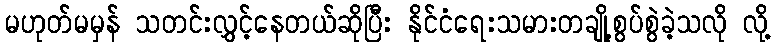
မဟုတ်မမှန် သတင်းလွှင့်နေတယ်ဆိုပြီး နိုင်ငံရေးသမားတချို့စွပ်စွဲခဲ့သလို လို့